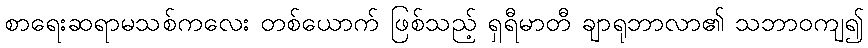
စာရေးဆရာမသစ်ကလေး တစ်ယောက် ဖြစ်သည့် ရှရီမာတီ ချာရုဘာလာ၏ သဘာဝကျ၍